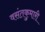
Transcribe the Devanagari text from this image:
वसंतकुमारी